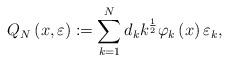
LaTeX: \begin{align*}Q_N \left(x,\varepsilon\right):=\sum_{k=1}^{N}d_k k^{\frac{1}{2}}\varphi_k \left(x\right)\varepsilon_k, \end{align*}